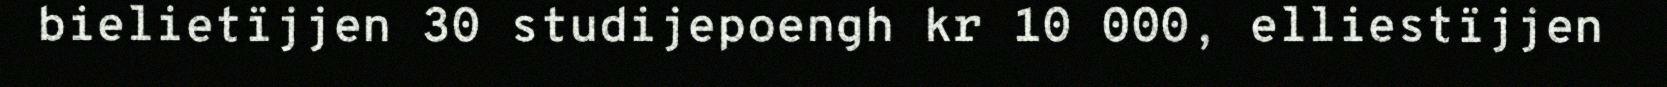
bielietïjjen 30 studijepoengh kr 10 000, elliestïjjen